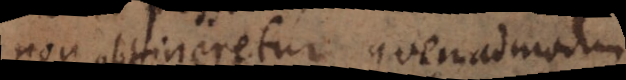
non obtineretur; quemadmodum